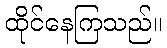
ထိုင်နေကြသည်။